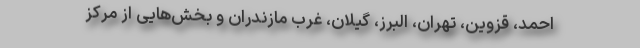
احمد، قزوین، تهران، البرز، گیلان، غرب مازندران و بخش‌هایی از مرکز